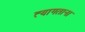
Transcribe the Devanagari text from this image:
त्यागताना